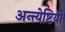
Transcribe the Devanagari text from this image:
अन्त्येष्टियों